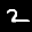
Label: 2